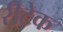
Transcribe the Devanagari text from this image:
रीटेक